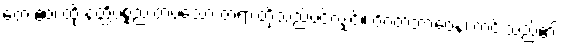
တေ ဧဝ၊ ထို နတ္ထိပစ္စည်းတပ်သော တရားတို့သည်ပင်လျှင်။ ဝိဂတဘာဝေန၊ ကင်းသည်၏